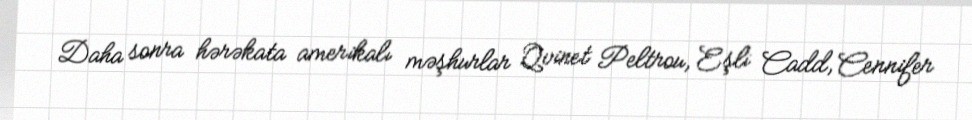
Daha sonra hərəkata amerikalı məşhurlar Qvinet Peltrou, Eşli Cadd, Cennifer